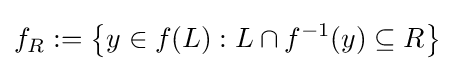
f_{R}:=\left\{y\in f(L):L\cap f^{-1}(y)\subseteq R\right\}